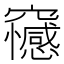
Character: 𥩇